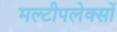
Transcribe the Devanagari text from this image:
मल्टीपलेक्सों